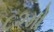
૮૨મો